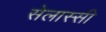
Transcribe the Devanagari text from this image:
सेलास्सी